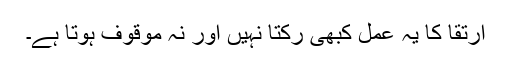
ارتقأ کا یہ عمل کبھی رکتا نہیں اور نہ موقوف ہوتا ہے۔